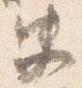
史